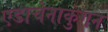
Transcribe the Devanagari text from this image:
एडाचेनाकुंगन